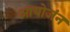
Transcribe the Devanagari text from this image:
आयोजंन